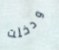
ودخلت